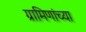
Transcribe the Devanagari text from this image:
ग्रामिणांच्या